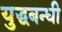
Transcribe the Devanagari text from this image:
युद्धबन्धी